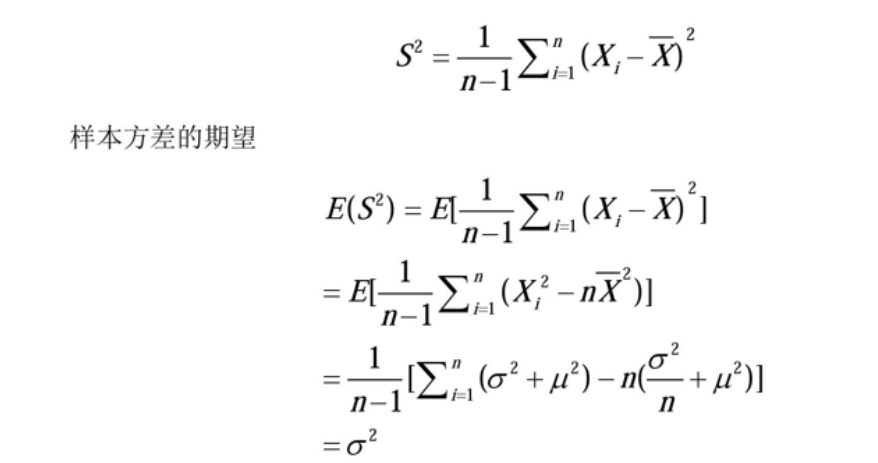
样本方差的期望
\[
\begin{align*}
S^{2}&=\frac{1}{n - 1}\sum_{i = 1}^{n}(X_{i}-\overline{X})^{2}\\
E(S^{2})&=E\left[\frac{1}{n - 1}\sum_{i = 1}^{n}(X_{i}-\overline{X})^{2}\right]\\
&=E\left[\frac{1}{n - 1}\sum_{i = 1}^{n}(X_{i}^{2}-n\overline{X}^{2})\right]\\
&=\frac{1}{n - 1}\left[\sum_{i = 1}^{n}(\sigma^{2}+\mu^{2})-n(\frac{\sigma^{2}}{n}+\mu^{2})\right]\\
&=\sigma^{2}
\end{align*}
\]